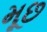
મૂછ